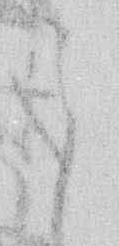
之